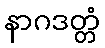
နာဂဒတ္တံ